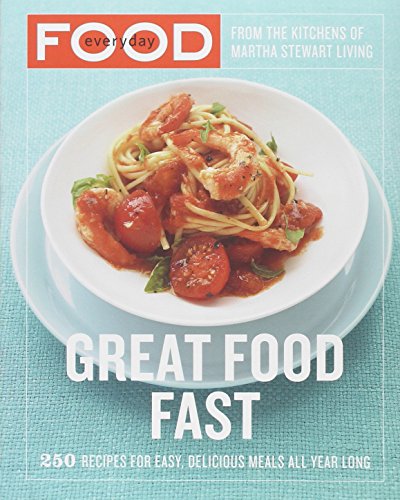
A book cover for Everyday Food: Great Food Fast; Martha Stewart Living Magazine; Cookbooks, Food & Wine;